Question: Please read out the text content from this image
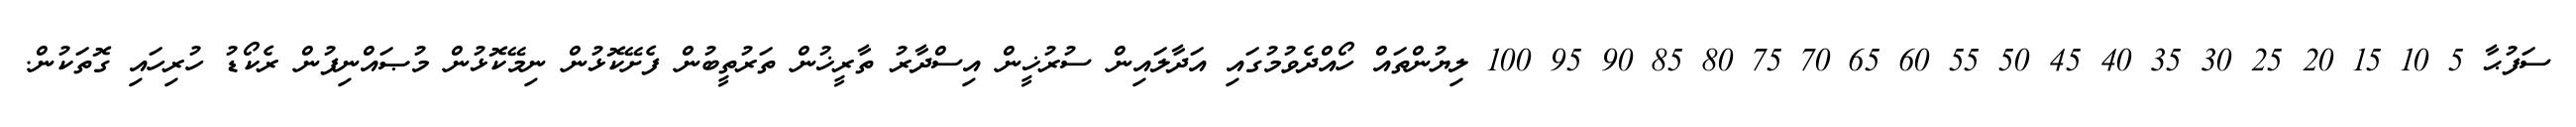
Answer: ސަފުޙާ 5 10 15 20 25 30 35 40 45 50 55 60 65 70 75 80 85 90 95 100 ލިޔުންތައް ހޯއްދެވުމުގައި އަދާލައިން ސުރުޚީން އިސްދާރު ތާރީޚުން ތަރުތީބުން ފެށޭކޮޅުން ނިމޭކޮޅުން މުޞައްނިފުން ރެކޯޑު ހުރިހައި ގޮތަކުން.